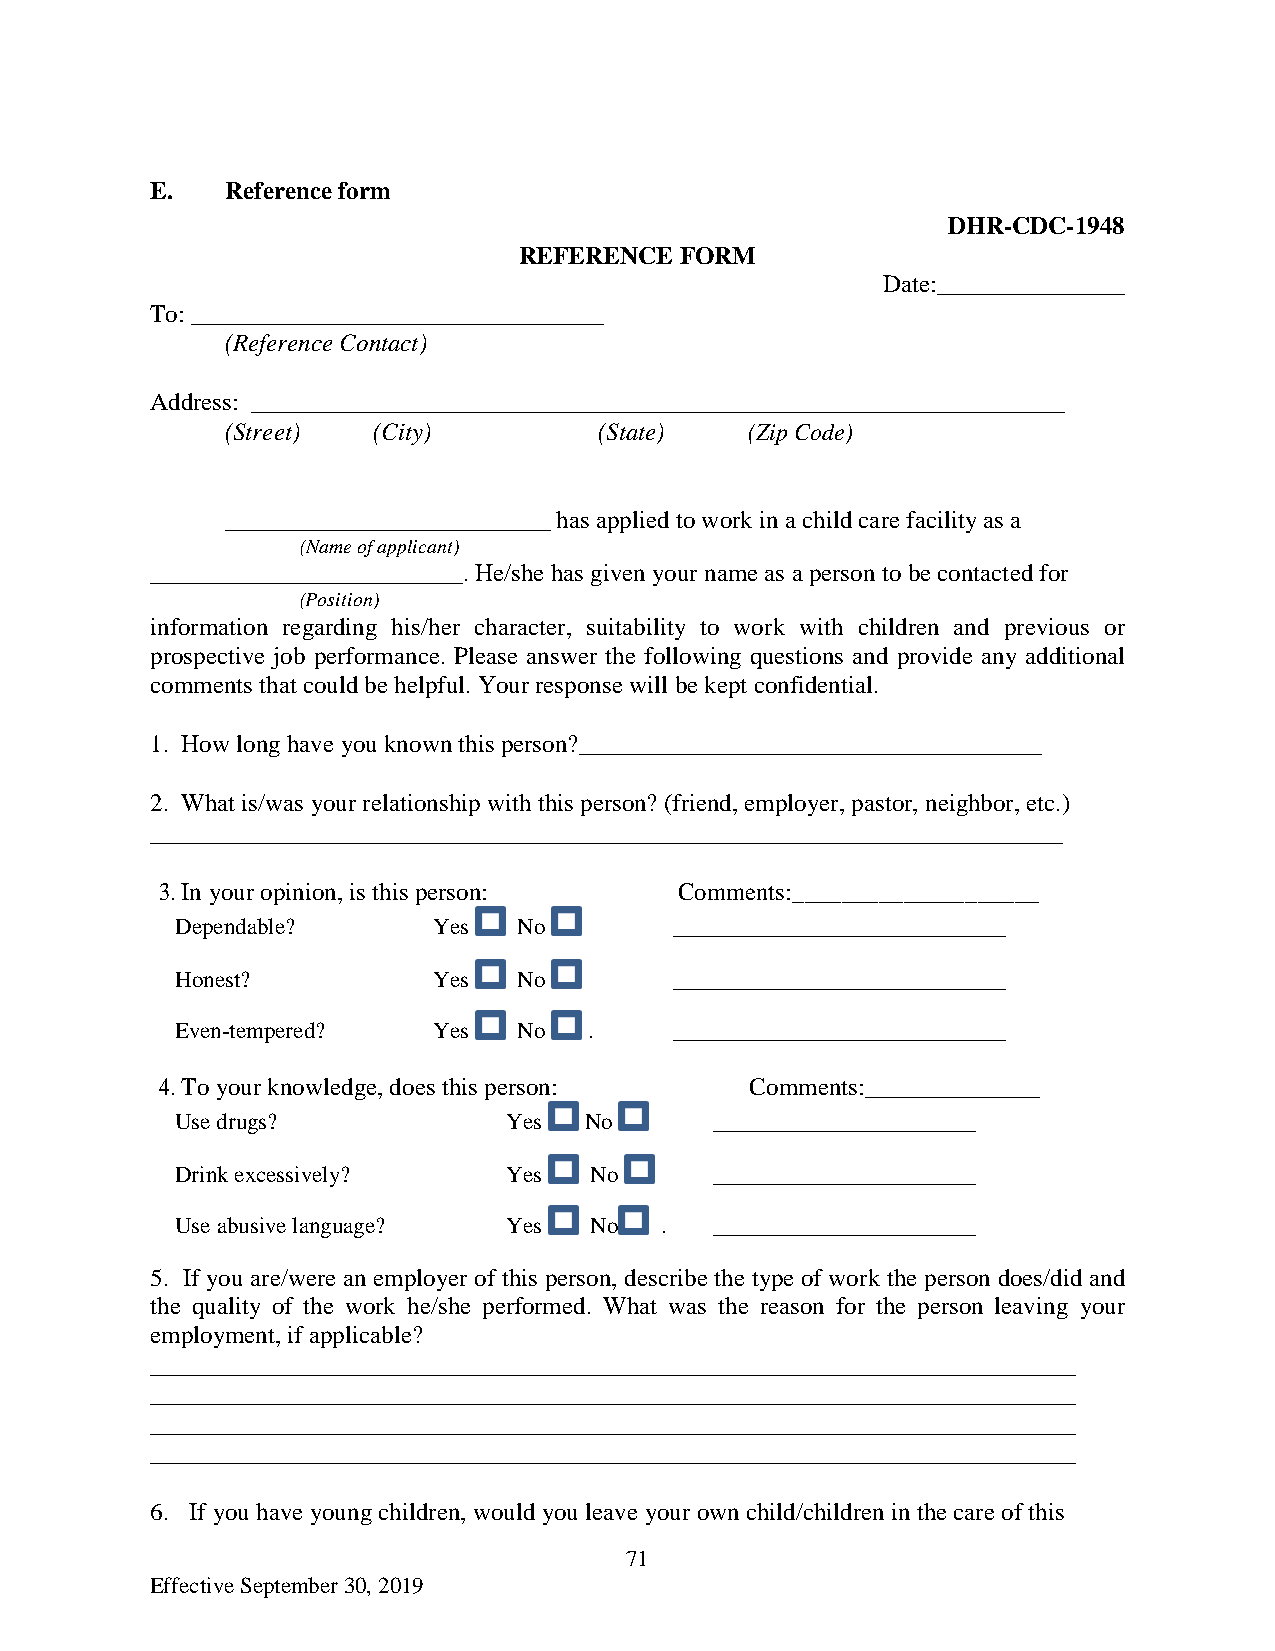
E.   Reference form
 DHR-CDC-1948
 REFERENCE  FORM
 Date:_______________
 To: _________________________________
 (Reference Contact)
 Address: _________________________________________________________________
 (Street)  (City)         (State)   (Zip Code)
 __________________________ has applied to work in a child care facility as a
 (Name of applicant)
 _________________________. He/she has given your name as a person to be contacted for
 (Position)
 information regarding his/her character, suitability to work with children and previous or
 prospective job performance. Please answer the following questions and provide any additional
 comments that could be helpful. Your response will be kept confidential.
 1. How long have you known this person?_____________________________________
 2. What is/was your relationship with this person? (friend, employer, pastor, neighbor, etc.)
 _________________________________________________________________________
 3. In your opinion, is this person: Comments:____________________
 Dependable?      Yes  No         _____________________________
 Honest?          Yes  No         _____________________________
 Even-tempered?   Yes  No   .     _____________________________
 4. To your knowledge, does this person: Comments:______________
 Use drugs?            Yes  No      _______________________
 Drink excessively?    Yes  No      _______________________
 Use abusive language? Yes  No   .  _______________________
 5. If you are/were an employer of this person, describe the type of work the person does/did and
 the quality of the work he/she performed. What was the reason for the person leaving your
 employment, if applicable?
 __________________________________________________________________________
 __________________________________________________________________________
 __________________________________________________________________________
 __________________________________________________________________________
 6. If you have young children, would you leave your own child/children in the care of this
 71
 Effective September 30, 2019